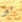
مع